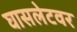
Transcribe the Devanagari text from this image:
घासलेटवर